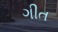
ગીત